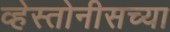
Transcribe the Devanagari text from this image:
व्हेस्तोनीसच्या